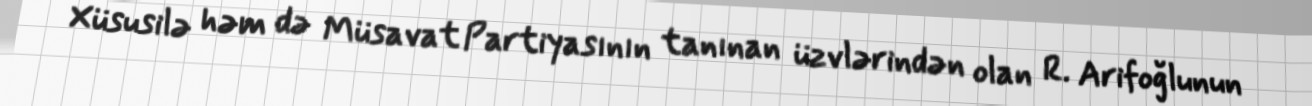
Xüsusilə həm də Müsavat Partiyasının tanınan üzvlərindən olan R. Arifoğlunun